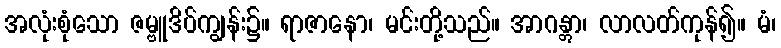
အလုံးစုံသော ဇမ္ဗူဒိပ်ကျွန်း၌။ ရာဇာနော၊ မင်းတို့သည်။ အာဂန္တွာ၊ လာလတ်ကုန်၍။ မံ၊